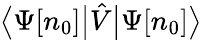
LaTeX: {\big\langle}\Psi[n_{0}]{\big|}{\hat{V}}{\big|}\Psi[n_{0}]{\big\rangle}